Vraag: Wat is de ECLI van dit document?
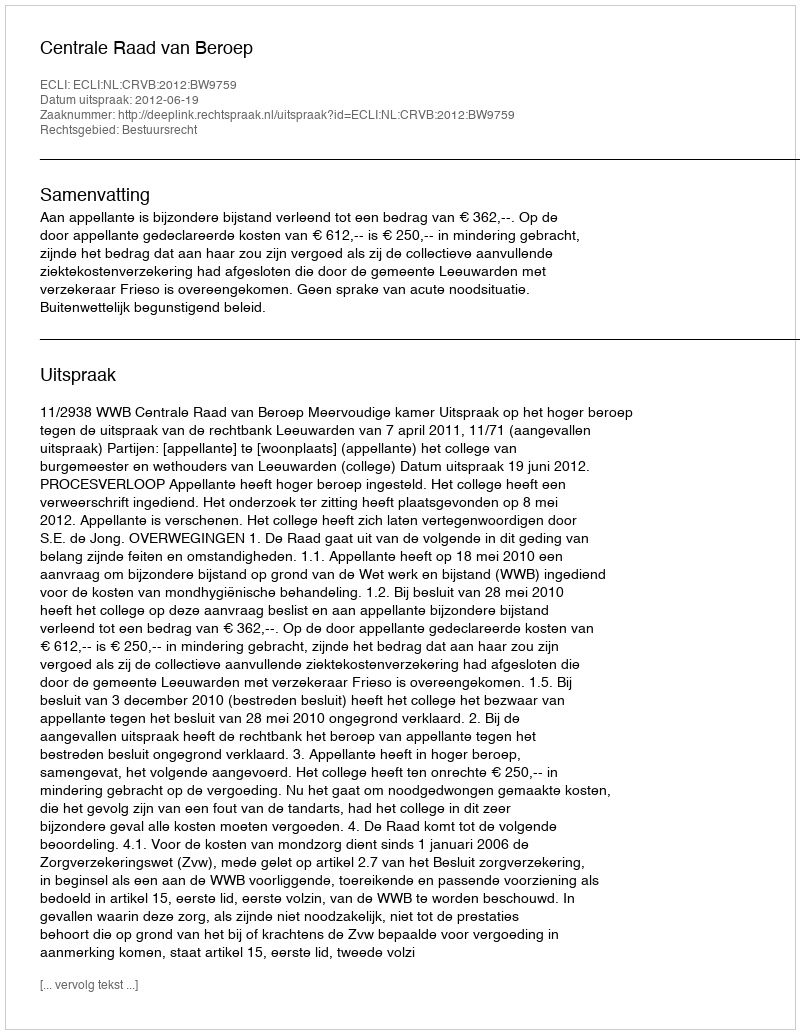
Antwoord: ECLI:NL:CRVB:2012:BW9759